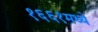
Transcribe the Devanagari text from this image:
१६६१मध्ये